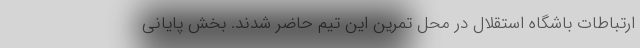
ارتباطات باشگاه استقلال در محل تمرین این تیم حاضر شدند. بخش پایانی